Vana-Kasaritsa_(Kasaritsa)_vallavalitsus, lk 22
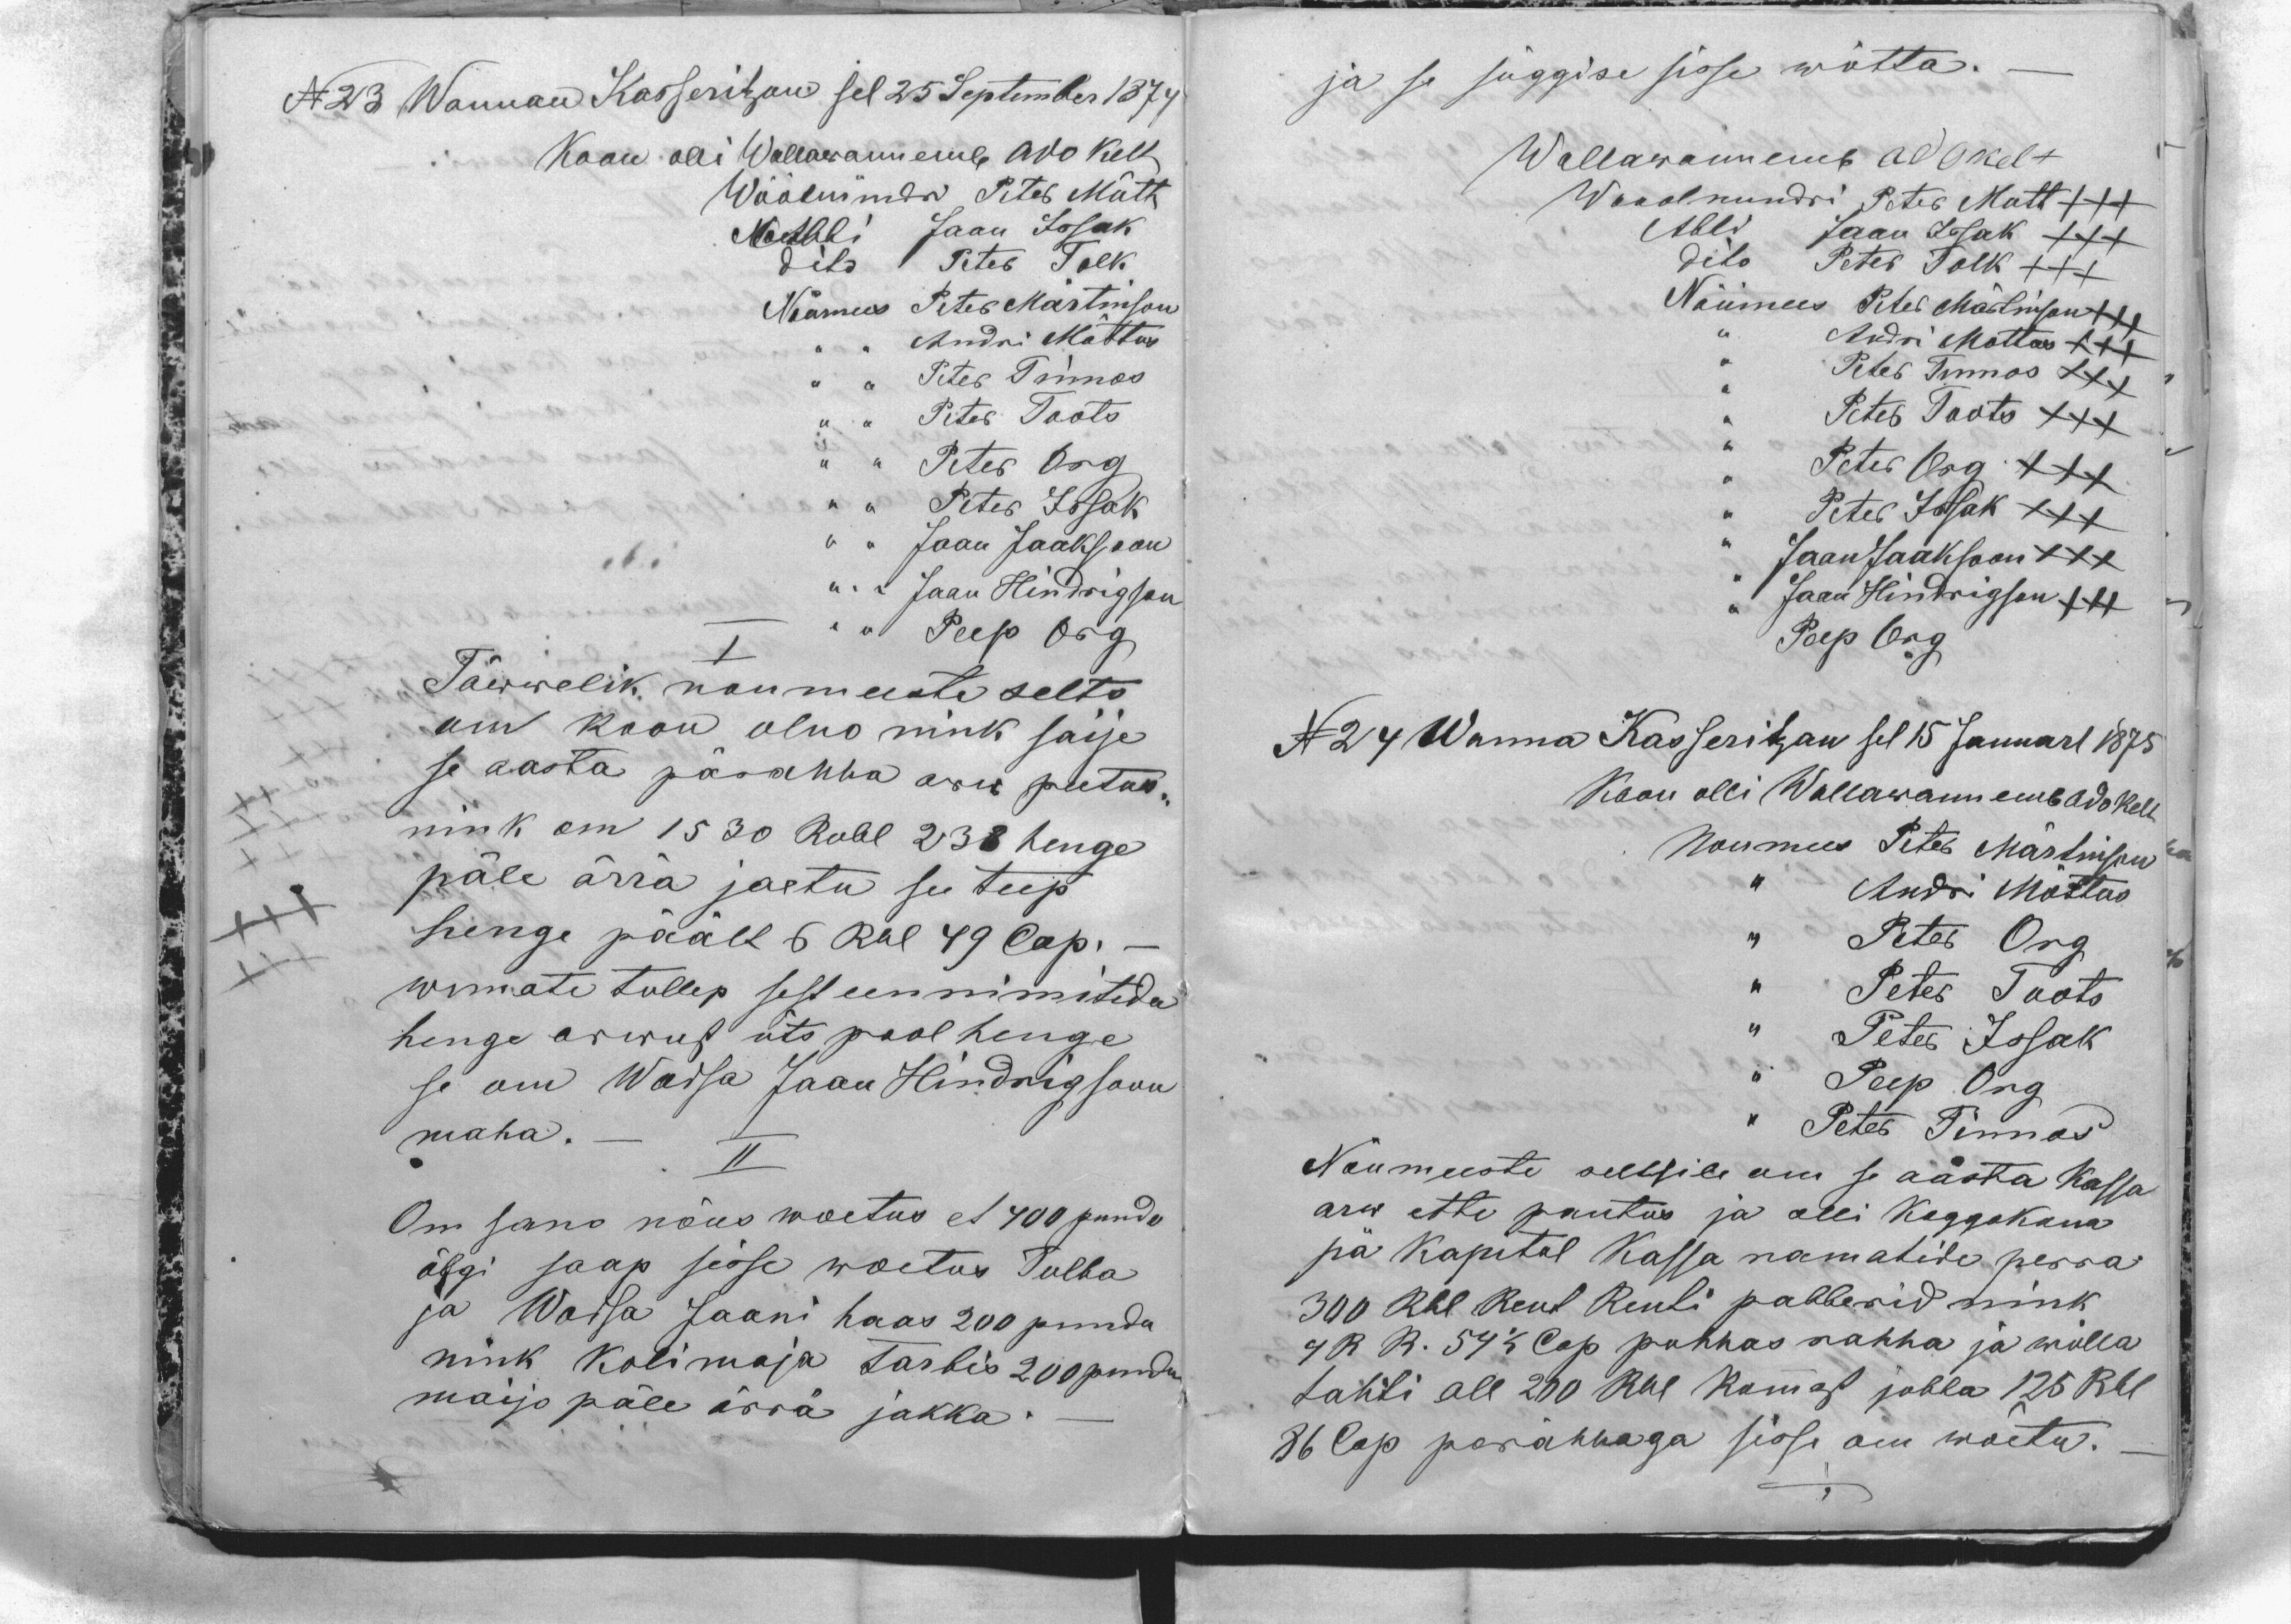
N 23 Wannan Kasseritzan sel 25 September 1874
Koon olli Wallawannemb Ado Kelt
Wöölmündri Peter Mütt
Abbi Jaan Issak
dito Peter Tolk
Nõumees Peter Märtinson
,, ,, Andri Mõttus
,, ,, Peter Tinnos
,, ,, Peter Toots
,, ,, Peter Org
,, ,, Peter Issak
,, ,,  Jaan Jaaksoon
,, ,, Jaan Hindrigson
,, ,, Peep Org
I
Täwwelik noumeeste selts
om koon olno nink saije
se aasta pärahha arw peetus,
nink om 1530 Rubl 238 henge
päle ärrä jaetu see teep
henge päält 6 Rbl 49 Cop. -
wimate tullep sest een nimitedu
henge arwust üts pool henge
se om Wadsa Jaan Hindrigsoon
maha._
II
Om sano nõus woetus et 400 puudu
õlgi saap sisse woetus Tulba
ja Wadsa Jaani haas 200 puuda
nink Kolimaja tarbis 200 puudu
maijo päle ärrä jakka.-

ja se süggise sisse wõtta._
Wallawannemb Ado Kelt
Wooolnundri Peter Mutt XXX
Abbi Jaan Issak XXX
dito Peter Tolk XXX
Nõumees Peter Märtinson XXX
,, Andri Mottus XXX
,, Peter Tinnos XXX
,,Peter Toots XXX
,, Peter Org XXX
,, Peter Issak XXX
,, Jaan Jaaksoon XXX
,, Jaan Hindrigson XXX
Peep Org
N 24 Wanna Kasseritzan sel 15 Januarl 1875
Koon olli Wallawannemb Ado Kelt
Noumees Peter Märtinson
,, Andri Mõttus
,, Peter Org
,, Peter Toots
,, Peter Issak
,, Peep Org
,, Peter Tinnos
Nõumeeste seltsile om se aasta Kassa
arw ette pantus ja olli Koggokona
pä Kapital Kassa ramatide perra
300 Rbl Rent Renti pabberid nink
4 R R. 54 1/2 Cop puhhas rahha ja wõlla
tahti all 200 Rbl kumast jubba 125 Rbl
86 Cop parahhaga sisse om wõetu.